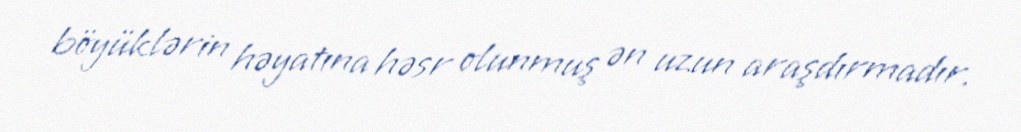
böyüklərin həyatına həsr olunmuş ən uzun araşdırmadır.